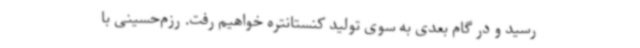
رسید و در گام بعدی به سوی تولید کنستانتره خواهیم رفت. رزم‌حسینی با